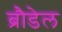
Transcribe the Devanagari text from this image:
ब्रौडेल